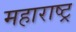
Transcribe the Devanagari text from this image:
महाराष्ट्र